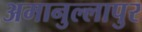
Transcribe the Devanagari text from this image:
अमानुल्लापुर